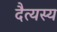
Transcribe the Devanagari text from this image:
दैत्यस्य